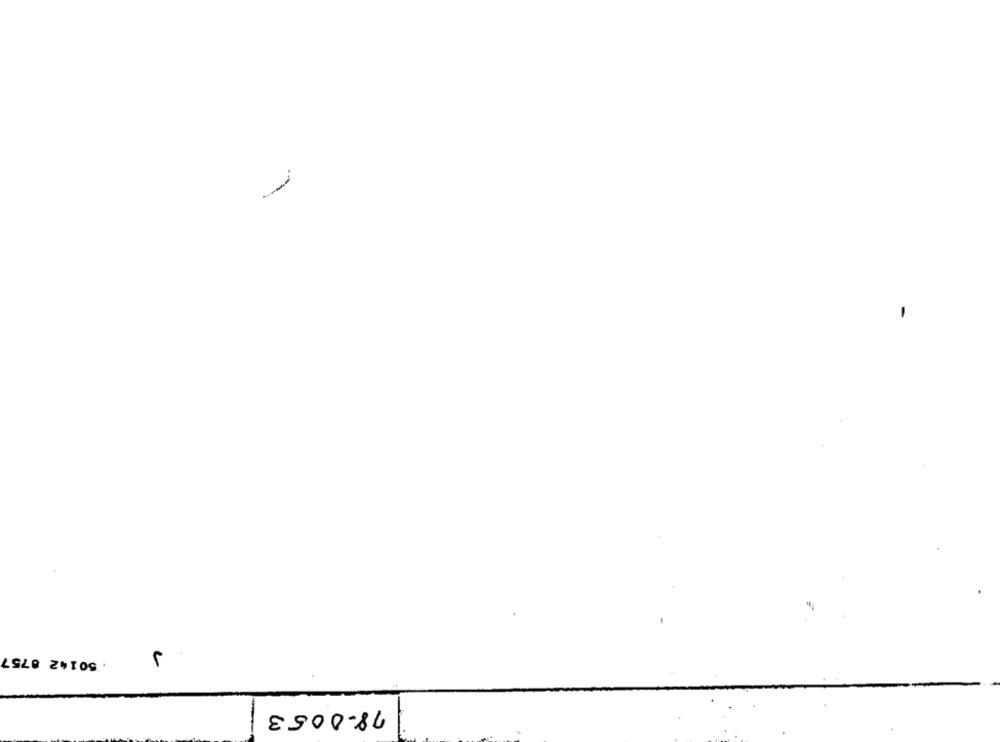
---
1
. 50142 8757
78.0053